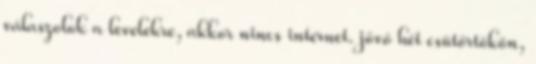
válaszolok a levelekre, akkor nincs internet. jövő hét csütörtökön,